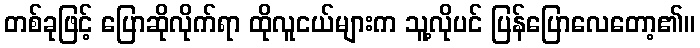
တစ်ခုဖြင့် ပြောဆိုလိုက်ရာ ထိုလူငယ်များက သူ့လိုပင် ပြန်ပြောလေတော့၏။